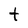
Character: t